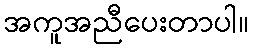
အကူအညီပေးတာပါ။